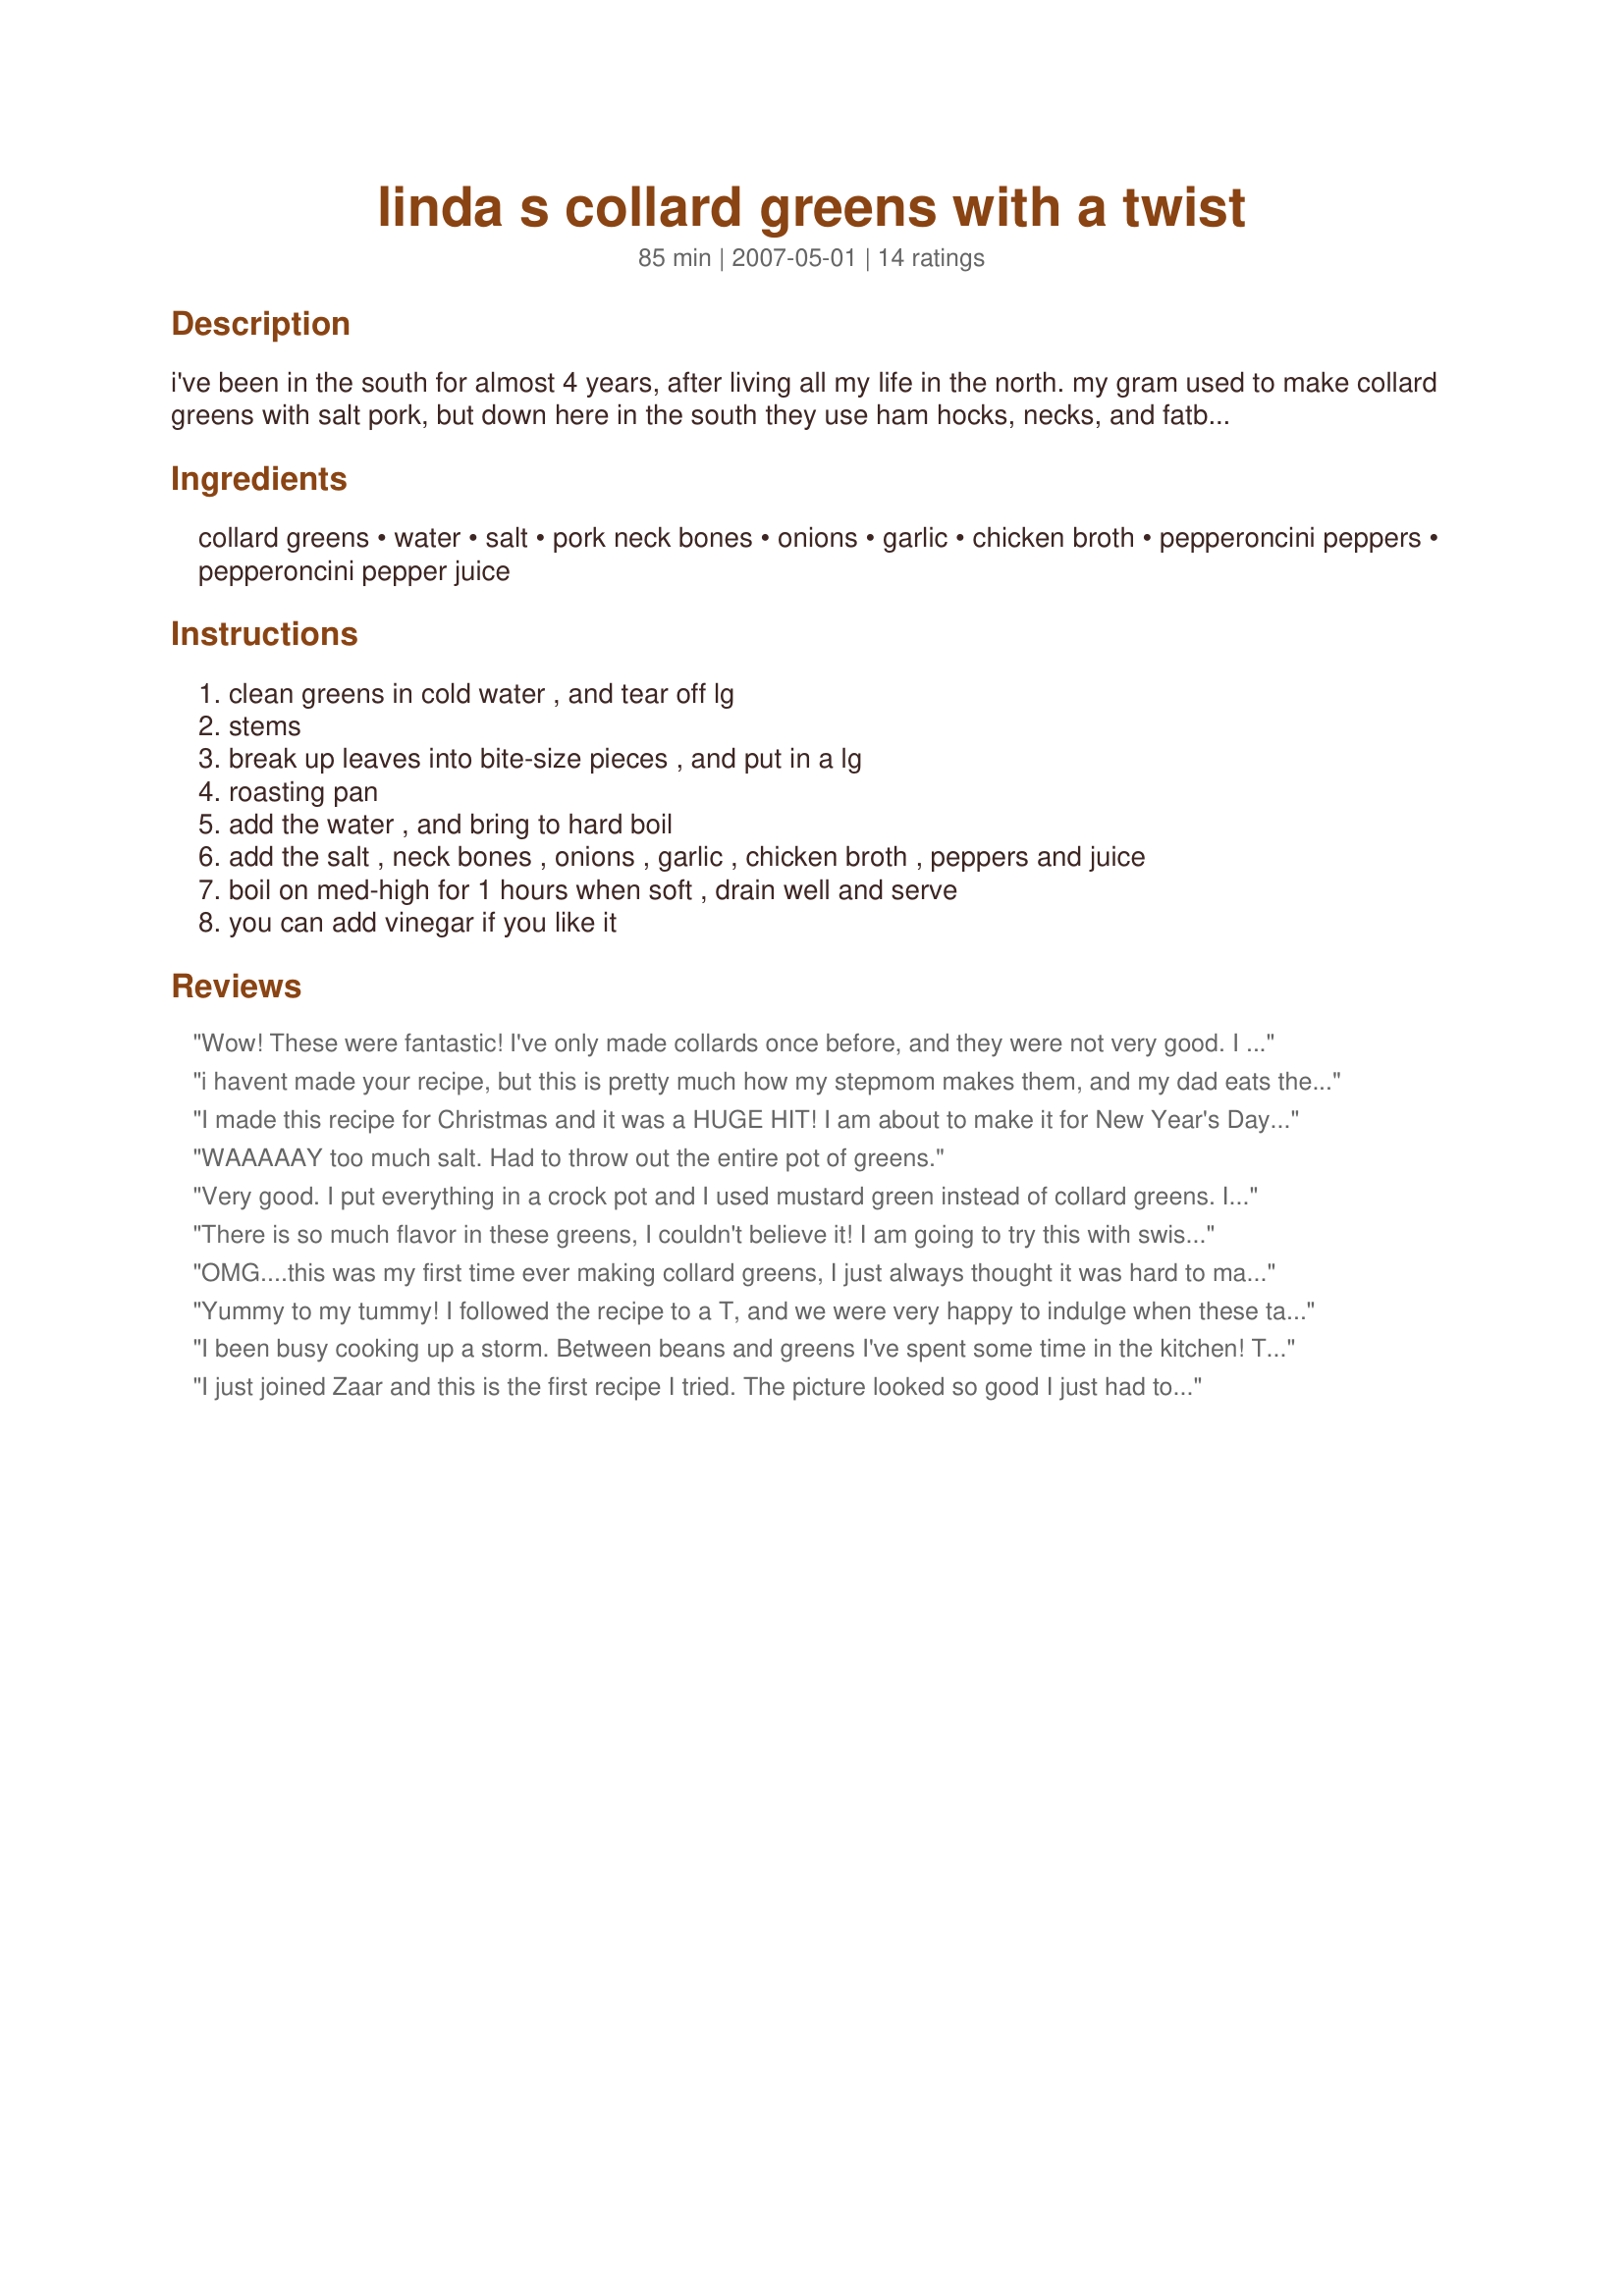
linda s collard greens with a twist
Preparation time: 85 minutes

i've been in the south for almost 4 years, after living all my life in the north. my gram used to make collard greens with salt pork, but down here in the south they use ham hocks, necks, and fatback, soooooooo i decided i was going to try the southern thing with a little twist of my own. they came out better then any i have ever had, and i have had them quite a few times in restaurants around here. great flavor, and just the right amount of everything makes this one dish you will be making more than once. try em, you will be coming back for more for sure :)

Ingredients:
collard greens, water, salt, pork neck bones, onions, garlic, chicken broth, pepperoncini peppers, pepperoncini pepper juice

Steps:
clean greens in cold water , and tear off lg, stems, break up leaves into bite-size pieces , and put in a lg, roasting pan, add the water , and bring to hard boil, add the salt , neck bones , onions , garlic , chicken broth , peppers and juice, boil on med-high for 1 hours when soft , drain well and serve, you can add vinegar if you like it

Reviews:
Wow! These were fantastic! I've only made collards once before, and they were not very good. I thought I'd try one more time, and came across this recipe; glad I did! Will be making these again very soon. Thank you for a great recipe!
i havent made your recipe, but this is pretty much how my stepmom makes them, and my dad eats them. she uses all the 'cast-off' meat parts, and my dad pours a bit of home-canned pepper juice and some peppers in it. it was great that way! though she doesnt use garlic, i do when i make them.
I made this recipe for Christmas and it was a HUGE HIT! I am about to make it for New Year's Day and am looking forward to enjoying the leftovers. These truly are some of the best collards I have ever had (and I was born and raised in the South) ... thanks for sharing!
WAAAAAY too much salt. Had to throw out the entire pot of greens.
Very good. I put everything in a crock pot and I used mustard green instead of collard greens. I didn't have chicken stock or the pepperoncini peppers so I substitute with 2 teaspoon of Knorr Chicken bouillon, 1 teaspoon of crushed pepper and a few dash of tobasco sauce. It came out wonderful. Keeper!!
There is so much flavor in these greens, I couldn't believe it! I am going to try this with swiss chard and mustard greens too! Thank you for sharing!
OMG....this was my first time ever making collard greens, I just always thought it was hard to make and time consuming. Making this recipe changed all that, this recipe was YUMMY IN MY TUMMY!! The ingredients were just right....I love vinegar over my greens, cooking it in the recipe saved that step and just made the flavor POP!! This is definitely a meal in itself too....No more canned collards for me!! Thanks for sharing!!
Yummy to my tummy! I followed the recipe to a T, and we were very happy to indulge when these tasty greens were done. Wow! Packed with all sorts of wonderful flavor. I don't know when I have enjoyed a veggie dish so much, especially greens. Thank you so much for this much appreciated recipe Linda! Alexa
I been busy cooking up a storm. Between beans and greens I've spent some time in the kitchen! These collards are by far the best tasting greens I have ever had, and I've had quite a few traveling around! They have such awesome flavors going on. The pepperoncini peppers and juice have such a zippy taste it really boosts the flavors of all the other ingredients to make these "To Die For"!! I got done eating these and I was shaking my head wondering how something so easy to make could taste so darn good! Yummy. Thanks for posting it for us! Sheryl
I just joined Zaar and this is the first recipe I tried. The picture looked so good I just had to give them a try. You want to talk about flavor? These are out of this world and better than any I ever made or had anywhere. Thank you Linda for this great addition to my recipe file!
Such flavor and we really enjoyed these using kale. I can't think of a better way to make greens than this! I plan to try them with other types of greens. I am sure they would be just as good as with the kale. We loved every bite, and I have added them to my special recipes file!
Oh Lordy, this recipe is goooooood! I made these collards along with Recipe #149532 for my New Years Day traditional Southern dinner. What an incredible recipe for collards, and the best I have ever had hands down! Do try them and see for yourself what I'm talking about! Debbie
Wonderful! I only make this once a year (New Years Day) due to the high calories, but it is worth the wait. I don't know why I haven't reviewed this before now. We live in the DEEP south and this is the best recipe I have found for greens. I use pork neck bones. It is easy to go overboard on the salt so go slow, you can always add more if you like.
Update: Have made these greens several times now and it has fast become one of our favorite side dishes. Flavors are so delicious! ~~~~~~~~~~~~~~~~~~~~~~~~~~~~~~~~
Ohhhhhh boy...These greens are wonderful! Just the right amount of flavors going on here. Loved the pepper addition Linda. Awesome taste with every bite. We couldn't leave them alone. Made exactly as posted and they were a huge success with my dinner! Best greens we have ever had!
